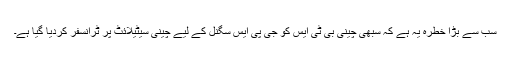
سب سے بڑا خطرہ یہ ہے کہ سبھی چینی بی ٹی ایس کو جی پی ایس سگنل کے لیے چینی سیٹیلائٹ پر ٹرانسفر کردیا گیا ہے۔